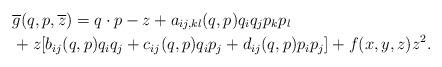
LaTeX: \begin{align*} &\overline{g}(q,p,\overline{z}) =q\cdot p-z +a_{ij,kl}(q,p)q_iq_jp_kp_l \\ &+z[b_{ij}(q,p)q_iq_j+c_{ij}(q,p)q_ip_j+d_{ij}(q,p)p_ip_j]+f(x,y,z)z^2. \end{align*}